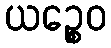
ယဉ္စေဝ